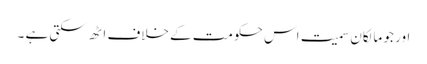
اور جو مالکان سمیت اس حکومت کے خلاف اٹھ سکتی ہے ۔